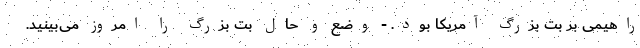
راهیمی بر بت بزرگ آمریکا بود. - وضع و حال بت بزرگ را امروز می‌بینید.